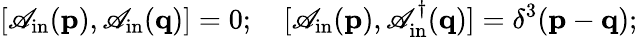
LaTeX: [\mathscr{A}_{\mathrm{{in}}}(\mathbf{{p}}),\mathscr{A}_{\mathrm{{in}}}(\mathbf{{q}})]=0;\quad[\mathscr{A}_{\mathrm{{in}}}(\mathbf{{p}}),\mathscr{A}_{\mathrm{{in}}}^{\dagger}(\mathbf{{q}})]=\delta^{3}(\mathbf{{p}}-\mathbf{{q}});